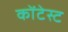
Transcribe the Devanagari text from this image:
कोंटेस्ट